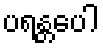
ပရန္တပေါ